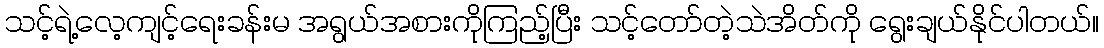
သင့်ရဲ့လေ့ကျင့်ရေးခန်းမ အရွယ်အစားကိုကြည့်ပြီး သင့်တော်တဲ့သဲအိတ်ကို ရွေးချယ်နိုင်ပါတယ်။